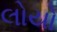
લોયો